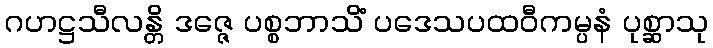
ဂဟဋ္ဌသီလန္တိ ဒဇ္ဇေ ပစ္စဘာသိံ ပဒေသပထဝီကမ္ပနံ ပုစ္ဆာသု